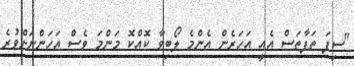
"ސިފަ ތަފާތަސް އެއީ އަހަރެން އެންމެ ލޯބިވާ ކޮއްކޮ މަންމަ ވެސް އަހަންނަށްވުރެ